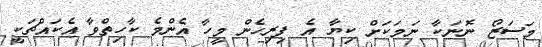
މަސަޒޯ ނޮނަކާ ނަމަކަށް ކިޔާ އެ ފިިރިހެން މީހާ އެންމެ ކާހިތްވާ އެކައްޗަކީ